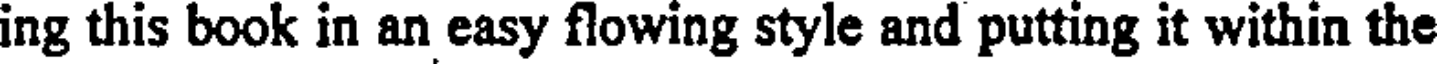
ing this book in an easy flowing style and putting it within the